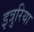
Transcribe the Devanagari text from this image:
इत्रुरिया